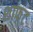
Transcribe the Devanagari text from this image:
शाफ्‌ट